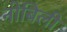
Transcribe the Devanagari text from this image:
नोबिली